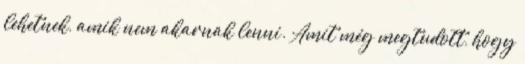
lehetnek, amik nem akarnak lenni. Amit még megtudott, hogy